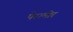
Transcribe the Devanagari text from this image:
पेरामोर